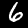
Label: 6